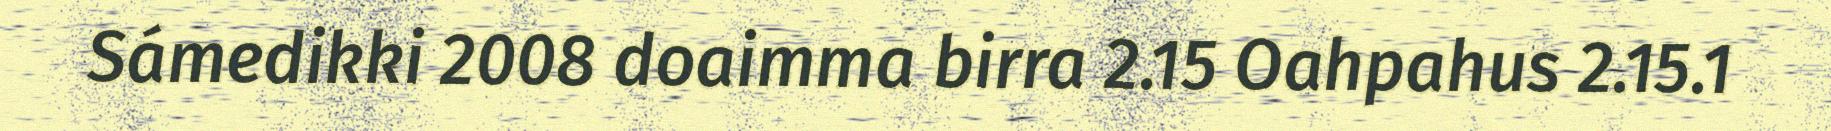
Sámedikki 2008 doaimma birra 2.15 Oahpahus 2.15.1